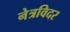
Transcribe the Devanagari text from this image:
नेत्रविदर